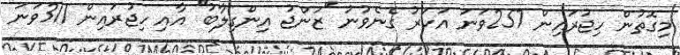
މިގޮތުން ހިޖުރައިން 257ވަނަ އަހަރު ގެނެވުނު ''ޒަންޖު އިންގިލާބު'' އާއި ހިޖުރައިން 311ވަނަ